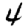
Digit: 4